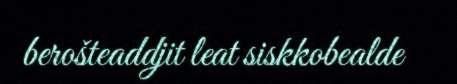
berošteaddjit leat siskkobealde